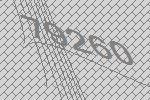
79260